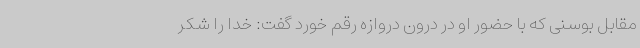
مقابل بوسنی که با حضور او در درون دروازه رقم خورد گفت: خدا را شکر